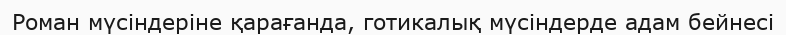
Роман мүсіндеріне қарағанда, готикалық мүсіндерде адам бейнесі